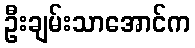
ဦးချမ်းသာအောင်က